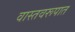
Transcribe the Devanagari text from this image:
वास्तवरूपात